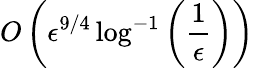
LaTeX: O\left(\epsilon^{9/4}\log^{-1}\left(\frac{1}{\epsilon}\right)\right)